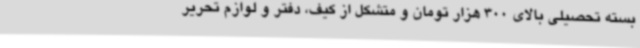
بسته تحصیلی بالای 300 هزار تومان و متشکل از کیف، دفتر و لوازم تحریر